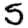
Digit: 5